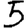
Digit: 5